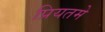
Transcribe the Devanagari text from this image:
प्रियतमे